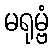
မရုမ္ဗံ